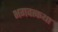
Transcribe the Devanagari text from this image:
भगवत्कथा